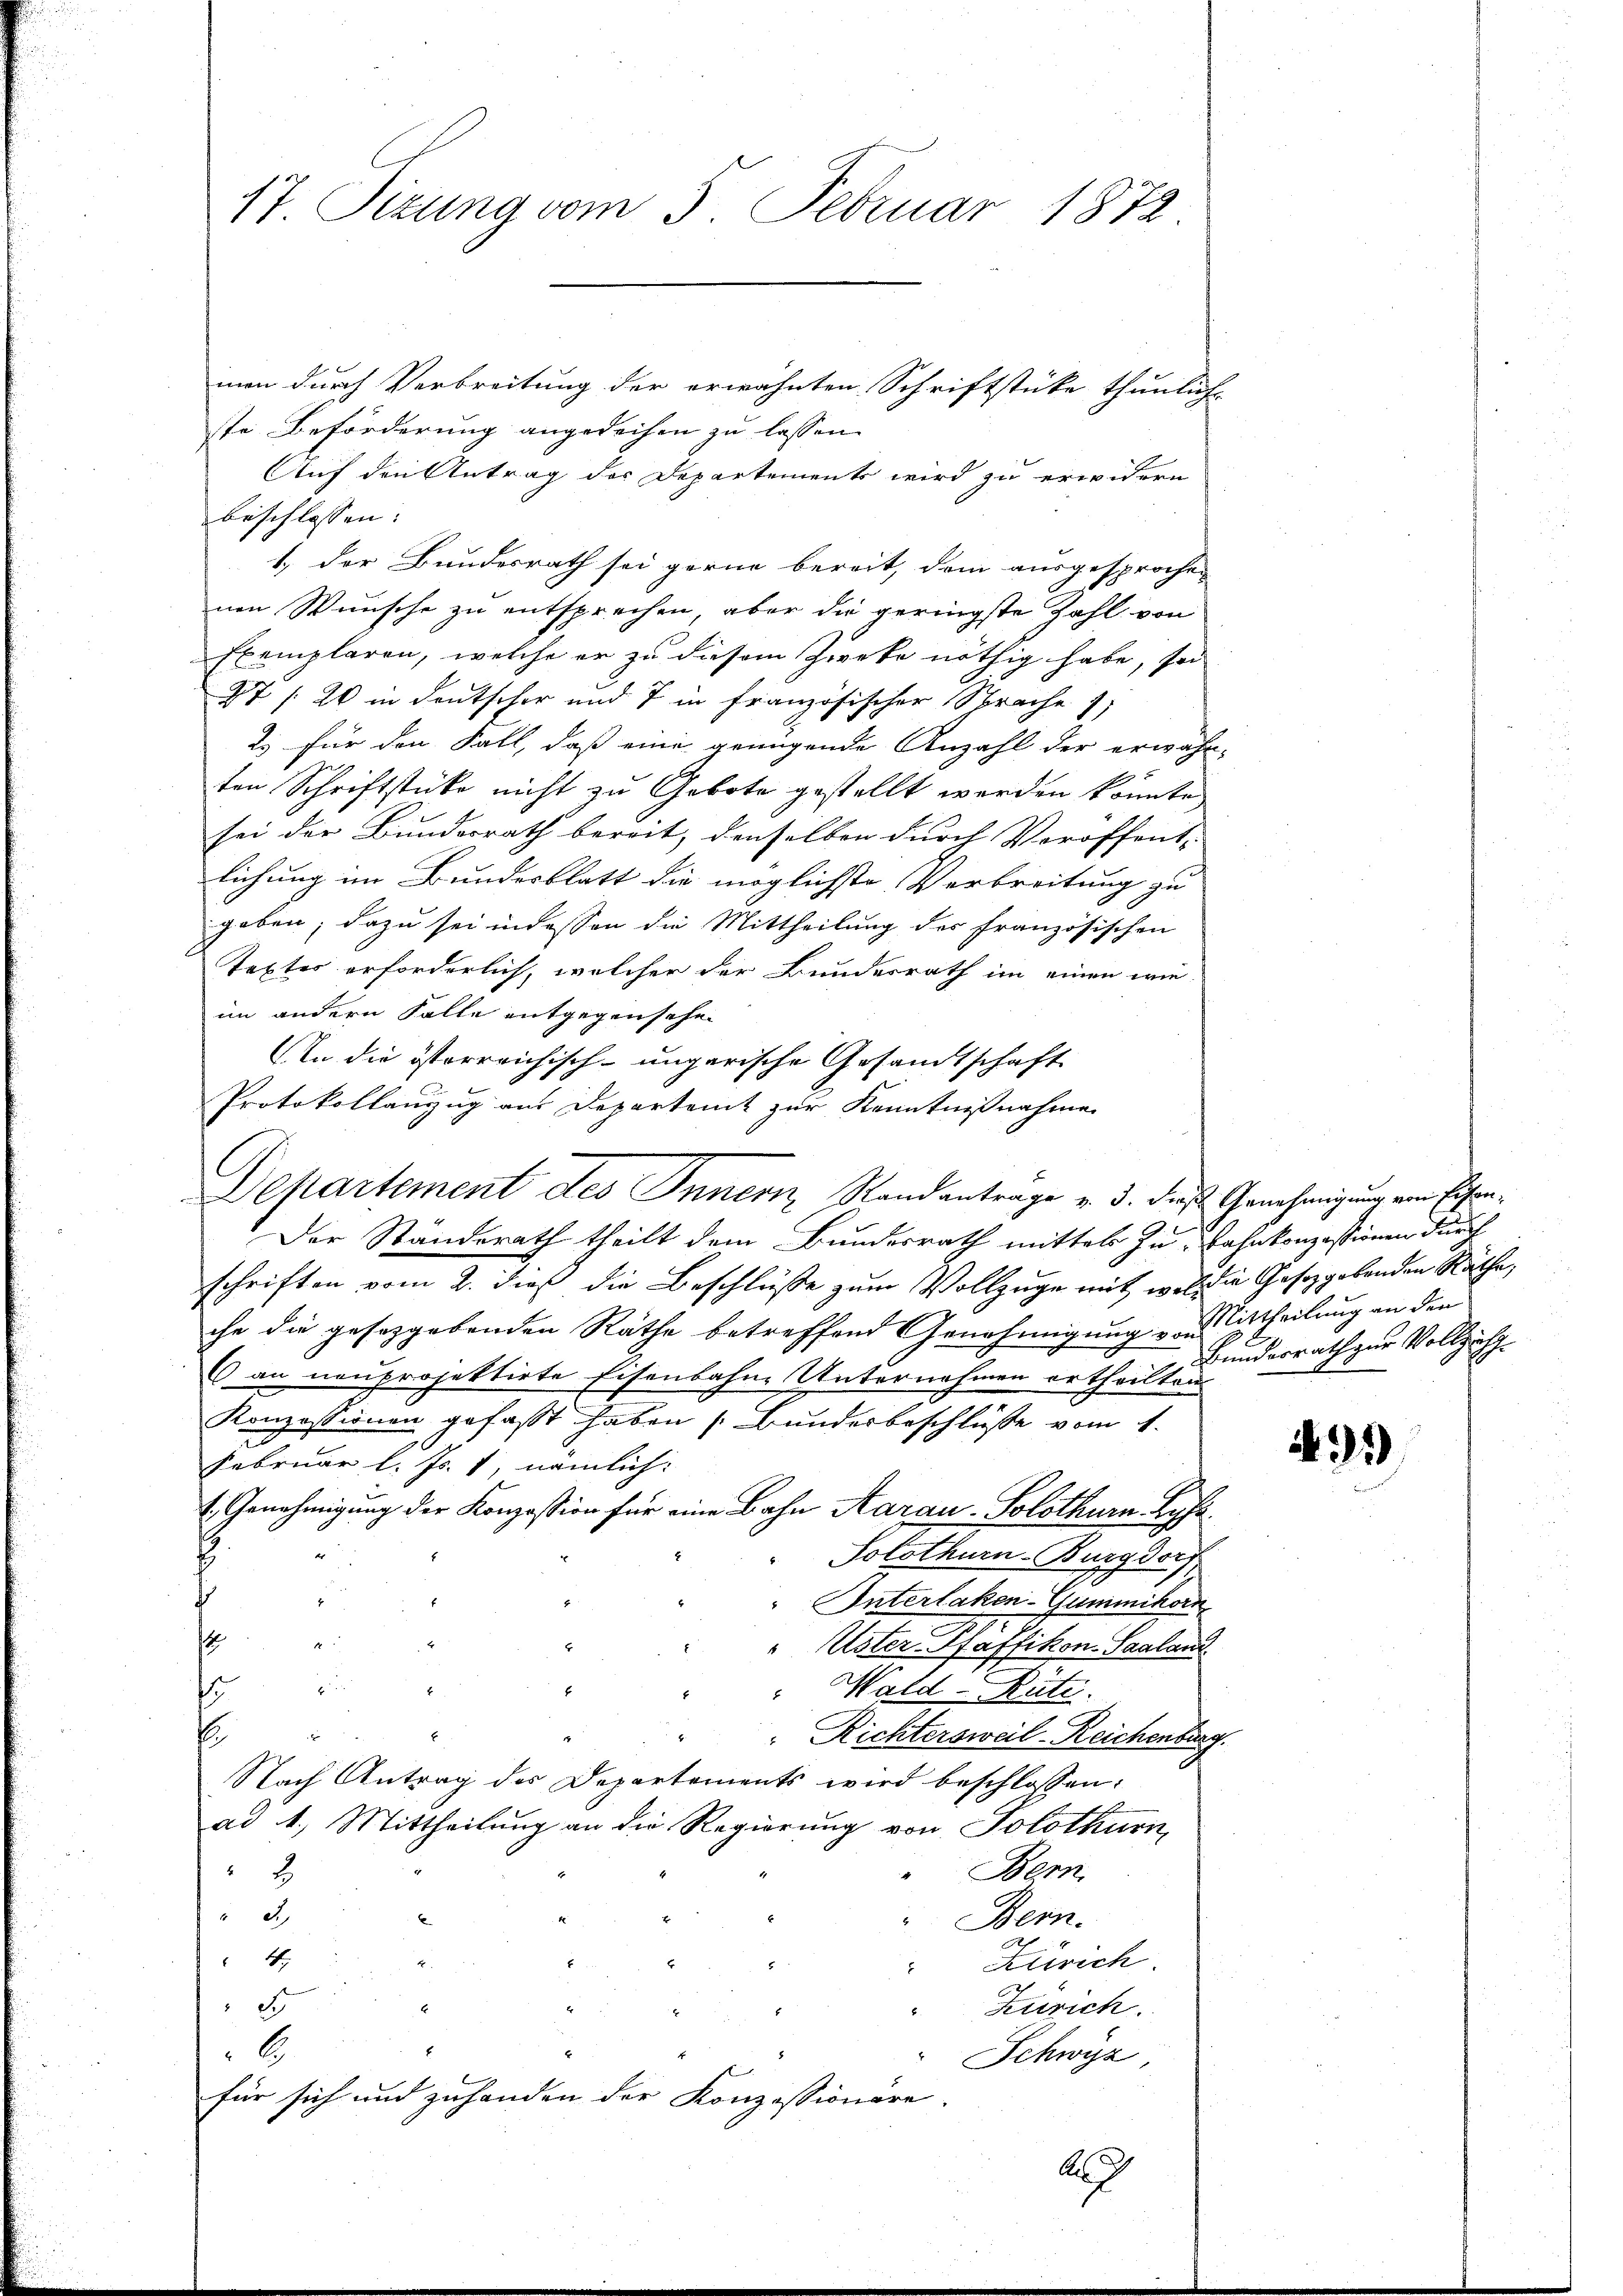
17. Sizung vom 3. Februar 1872

men durch Verbreitung der erwähnten Schriftstücke thunliche
ste Beförderung angedeihen zu lassen.
Auf den Antrag der Departements wird zu erwidern
beschlossen:
1.) Der Bundesrath sei gerne bereit, dem ausgesprochen
nen Wünsche zu entsprechen, aber die geringste Zahl von
Exemplaren, welche er zu diesem Zweke nöthig habe, sei
27 / 20 in Deutscher und 7 in französischer Sprache
2. für den Fall, daß eine genügende Anzahl der erwähn-
ten Schriftstücke nicht zu Gebote gestellt werden könnte,
sei der Bundesrath bereit, denselben durch Veröffent-
lichung im Bundesblatt die möglichste Verbreitung zu
geben; dazu sei in dessen die Mittheilung des französischen
Textes erforderlich, welcher der Bundesrath im einen wie
im andern Falle entgegenschen
An die österreichisch-ungarische Gesandtschaft
Protokollanzug aus Departeit zur Kenntnißnahme
Departement des Innern Randantrage v. 3. das Genehmigung von Eisen¬
Der Standerath theilt dem Bundesrath mittels zu Bahnkonzessionen durch
schriften vom 2. dieß die Beschlüsse zum Vollzüge mit wie die Gesetzgebenden Räthe
che die gesezgebenden Räthe betreffend Genehmigung von Mittheilung an den
6 an neuprojektirte Eisenbahne Unternehmen ertheilten
Konzessionen gefaßt haben (Bundesbeschlüsse vom 1.
Februar l. Js. 1, nämlich:
1. Genehmigung der Konzession für eine Bahn Aarau Solothurn. Ryf
Solothurn-Burgdorf
7
Interlaken-Gummikorn
s
7
Uster Pfäffikon Saalaus
2 x
" Wald–Rüte.
1
d
B
Richtersweil-Reichenburg
Nach Antrag des Departements wird beschlossen:
ad 1. Mittheilung an die Regierung von Solothurn,
2
Bern.
 3
Bern.
4
Zürich.
.
6
Zürich.
6
" Schwyz,
für sich und zuhanden der Konzessionäre
A

Bundesrath zur Vollzäh¬

491)